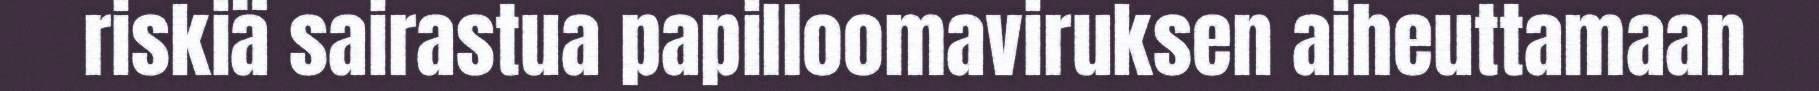
riskiä sairastua papilloomaviruksen aiheuttamaan